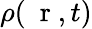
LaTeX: \rho(\mathrm{~\mathbf~r~},t)